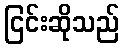
ငြင်းဆိုသည်